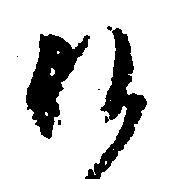
沙